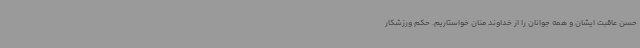
حسن عاقبت ایشان و همه جوانان را از خداوند منان خواستاریم. حکم ورزشکار